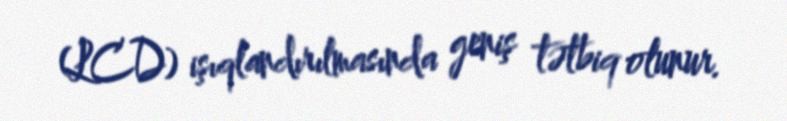
(LCD) işıqlandırılmasında geniş tətbiq olunur.